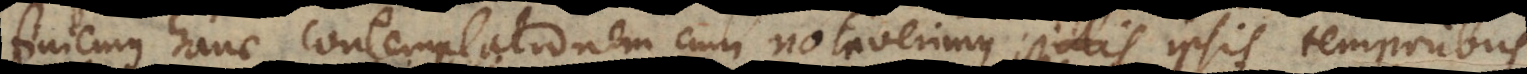
finiemus hanc contemplationem cum notaverimus istis ipsis temporibus